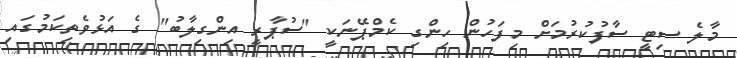
މާލެ ސިޓީ ސާފުކުރުމަށް މިފަހުން ހިންގި ކެމްޕޭނަކީ "ސުޕާރީ އިންގިލާބު" ގެ އަޅުވެތިކަމުގައި